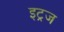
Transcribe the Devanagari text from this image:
इट्रज